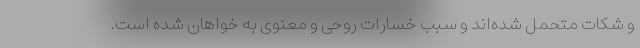
و شکات متحمل شده‌اند و سبب خسارات روحی و معنوی به خواهان شده است.